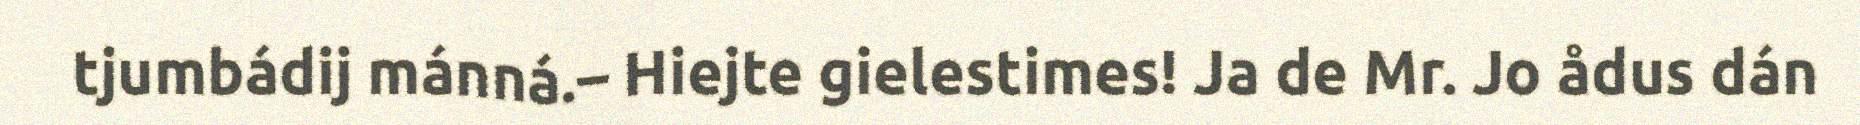
tjumbádij mánná.– Hiejte gielestimes! Ja de Mr. Jo ådus dán